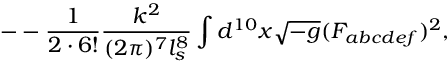
- - \frac { 1 } { 2 \cdot 6 ! } \frac { k ^ { 2 } } { ( 2 \pi ) ^ { 7 } l _ { s } ^ { 8 } } \int d ^ { 1 0 } x \sqrt { - g } ( F _ { a b c d e f } ) ^ { 2 } ,